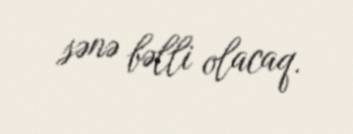
sənə bəlli olacaq.